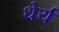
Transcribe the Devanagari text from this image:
धेर्य